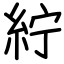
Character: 紵